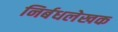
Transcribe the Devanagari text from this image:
निर्बधलेखक